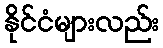
နိုင်ငံများလည်း